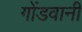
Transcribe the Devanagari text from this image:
गोंडवानी